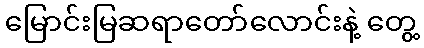
မြောင်းမြဆရာတော်လောင်းနဲ့ တွေ့